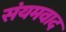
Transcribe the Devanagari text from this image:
संयमवाद